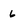
Character: 6